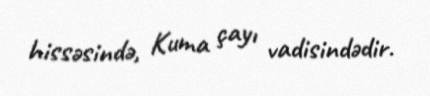
hissəsində, Kuma çayı vadisindədir.